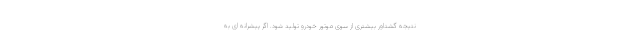
نتیجه گشتاور بیشتری از سوی موتور خودرو تولید شود. اگر پیشرانه ای به